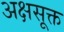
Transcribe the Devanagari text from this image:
अक्षसूक्त